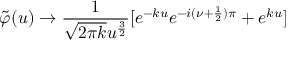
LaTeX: \tilde { \varphi } ( u ) \rightarrow \frac { 1 } { \sqrt { 2 \pi k } u ^ { \frac { 3 } { 2 } } } [ e ^ { - k u } e ^ { - i ( \nu + \frac { 1 } { 2 } ) \pi } + e ^ { k u } ]